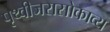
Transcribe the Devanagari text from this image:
पृथ्वीजरासोकाव्य